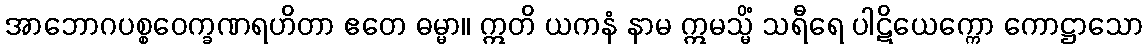
အာဘောဂပစ္စဝေက္ခဏရဟိတာ ဧတေ ဓမ္မာ။ ဣတိ ယကနံ နာမ ဣမသ္မိံ သရီရေ ပါဋိယေက္ကော ကောဋ္ဌာသော